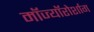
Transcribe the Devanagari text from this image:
मॉज्यॉरोर्शाग